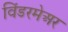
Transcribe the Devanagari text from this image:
विंडरमेअर